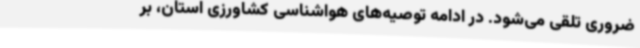
ضروری تلقی می‌شود. در ادامه توصیه‌های هواشناسی کشاورزی استان، بر